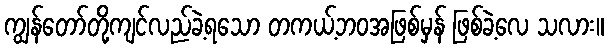
ကျွန်တော်တို့ကျင်လည်ခဲ့ရသော တကယ့်ဘဝအဖြစ်မှန် ဖြစ်ခဲ့လေ သလား။